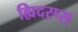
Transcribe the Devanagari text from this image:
ह्यिदस्प्स